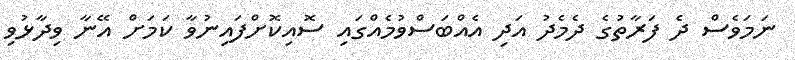
ނަމަވެސް ދެ ފަރާތުގެ ދެމެދު އަދި އެއްބަސްވުމެއްގައި ސޮއިކޮށްފައިނުވާ ކަމަށް އޭނާ ވިދާޅުވި